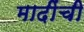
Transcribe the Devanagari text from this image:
मादींची